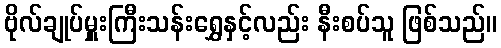
ဗိုလ်ချုပ်မှူးကြီးသန်းရွှေနှင့်လည်း နီးစပ်သူ ဖြစ်သည်။